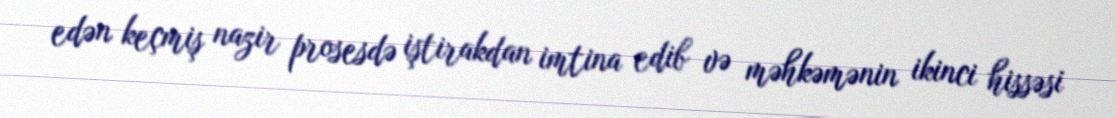
edən keçmiş nazir prosesdə iştirakdan imtina edib və məhkəmənin ikinci hissəsi